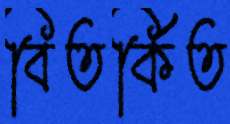
বিতর্কিত